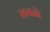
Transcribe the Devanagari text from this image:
लवळे